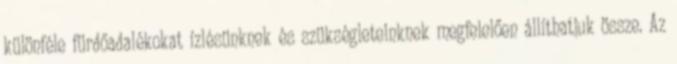
különféle fürdőadalékokat ízlésünknek és szükségleteinknek megfelelően állíthatjuk össze. Az